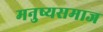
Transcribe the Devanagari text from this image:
मनुष्यसमाज